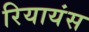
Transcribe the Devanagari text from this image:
रियायंस